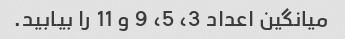
میانگین اعداد 3، 5، 9 و 11 را بیابید.